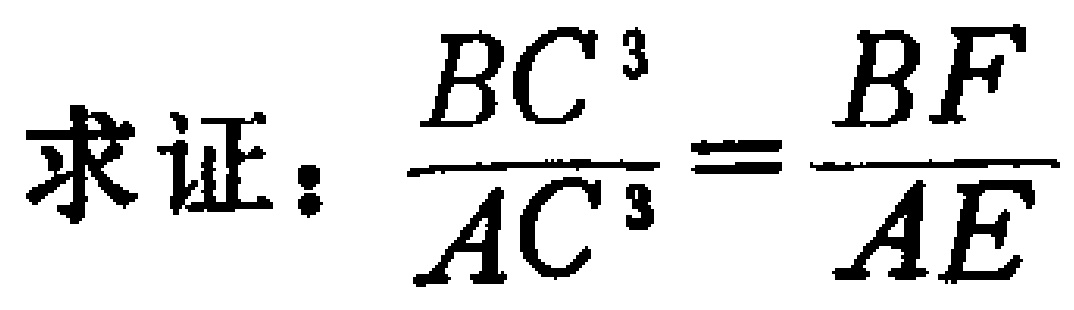
求证：$\dfrac{BC^{3}}{AC^{3}}=\dfrac{BF}{AE}$